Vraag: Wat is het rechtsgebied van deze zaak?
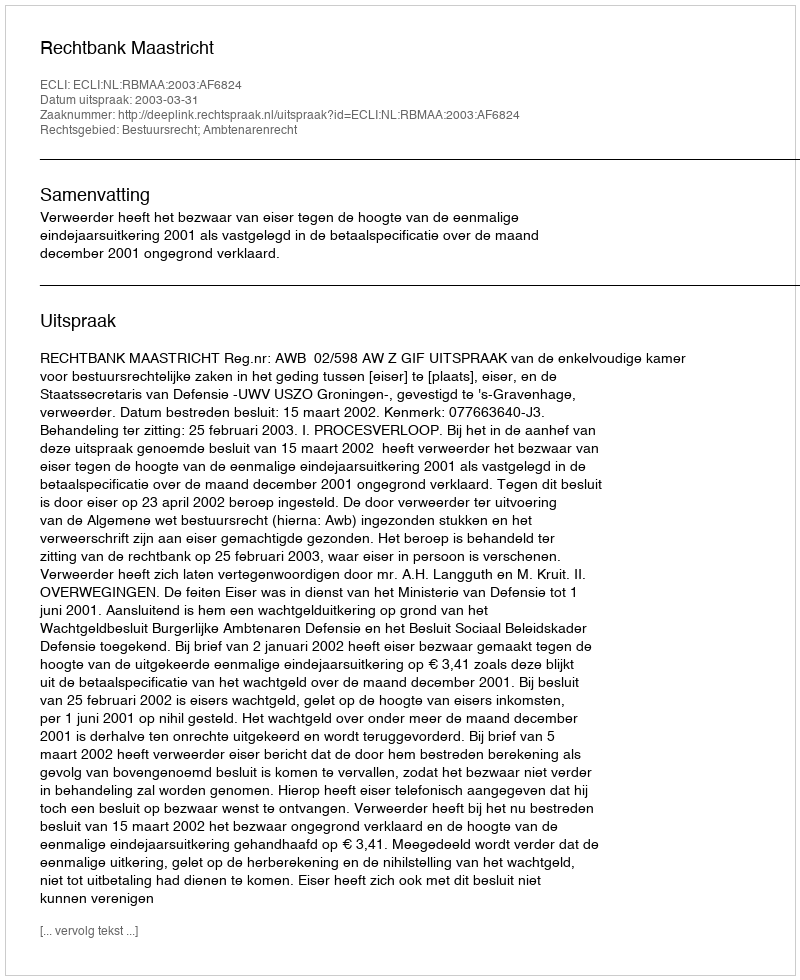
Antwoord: Bestuursrecht; Ambtenarenrecht